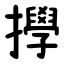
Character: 㩭